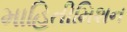
માહિતીમિશન